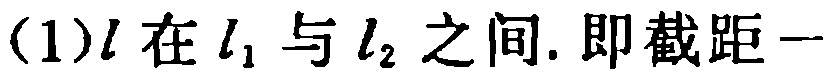
(1)$l$在$l_{1}$与$l_{2}$之间. 即截距一